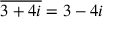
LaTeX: { \overline { { 3 + 4 i } } } = 3 - 4 i